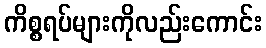
ကိစ္စရပ်များကိုလည်းကောင်း